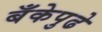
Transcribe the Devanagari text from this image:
बँकेपुढे